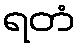
ရတံ